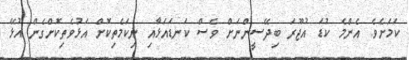
ކަމަށެވެ. އެންމެ ކުޑަ އުޖޫރަ ބިދޭސީންނަށް ވެސް ކަނޑައަޅާއި ނިކަމެތިކޮށް އަޅުވެތިކޮށްގެން އުޅޭ